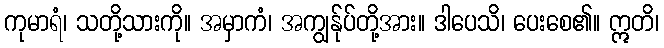
ကုမာရံ၊ သတို့သားကို။ အမှာကံ၊ အကျွန်ုပ်တို့အား။ ဒါပေသိ၊ ပေးစေ၏။ ဣတိ၊